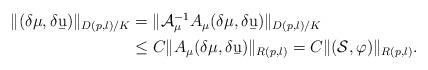
LaTeX: \begin{align*}\begin{aligned}\| (\delta \mu, \delta \b u) \|_{D(p,l)/K} &= \| \mathcal A_\mu^{-1} A_\mu (\delta \mu, \delta \b u) \|_{D(p,l)/K} \\& \leq C \| A_\mu (\delta \mu, \delta \b u) \|_{R(p,l)}= C\| (\mathcal S,\varphi)\|_{R(p,l)}.\end{aligned}\end{align*}